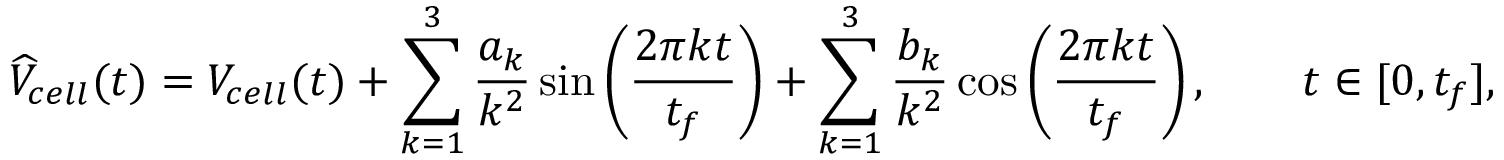
\widehat { V } _ { c e l l } ( t ) = V _ { c e l l } ( t ) + \sum _ { k = 1 } ^ { 3 } \frac { a _ { k } } { k ^ { 2 } } \sin \left( \frac { 2 \pi k t } { t _ { f } } \right) + \sum _ { k = 1 } ^ { 3 } \frac { b _ { k } } { k ^ { 2 } } \cos \left( \frac { 2 \pi k t } { t _ { f } } \right) , \qquad t \in [ 0 , t _ { f } ] ,